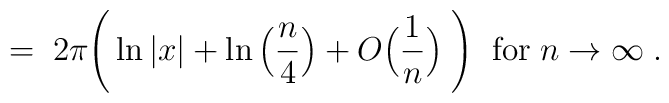
= \;2\pi \Bigg( \ln|x| + \ln\Big(\frac{n}{4}\Big) + O\Big(\frac{1}{n}\Big)\; \Bigg) \; \;\mbox{for} \; n \rightarrow \infty \; .